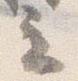
立